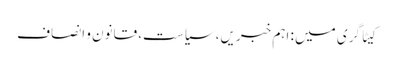
کیٹاگری میں : اہم خبریں، سیاست، قانون و انصاف